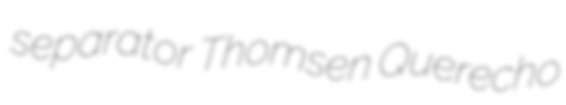
separator Thomsen Querecho